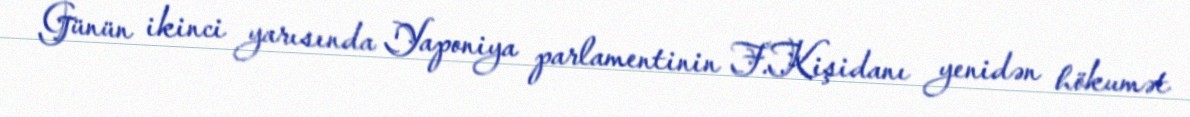
Günün ikinci yarısında Yaponiya parlamentinin F.Kişidanı yenidən hökumət